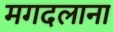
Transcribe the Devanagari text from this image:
मगदलाना